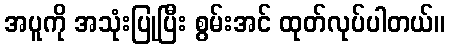
အပူကို အသုံးပြုပြီး စွမ်းအင် ထုတ်လုပ်ပါတယ်။